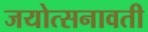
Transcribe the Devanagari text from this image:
जयोत्सनावती